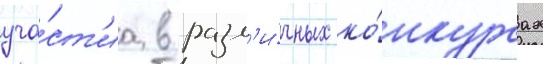
уча́ст'иа в разл'и́чных ко́нкурсах